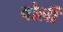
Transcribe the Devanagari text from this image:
वोर्ली